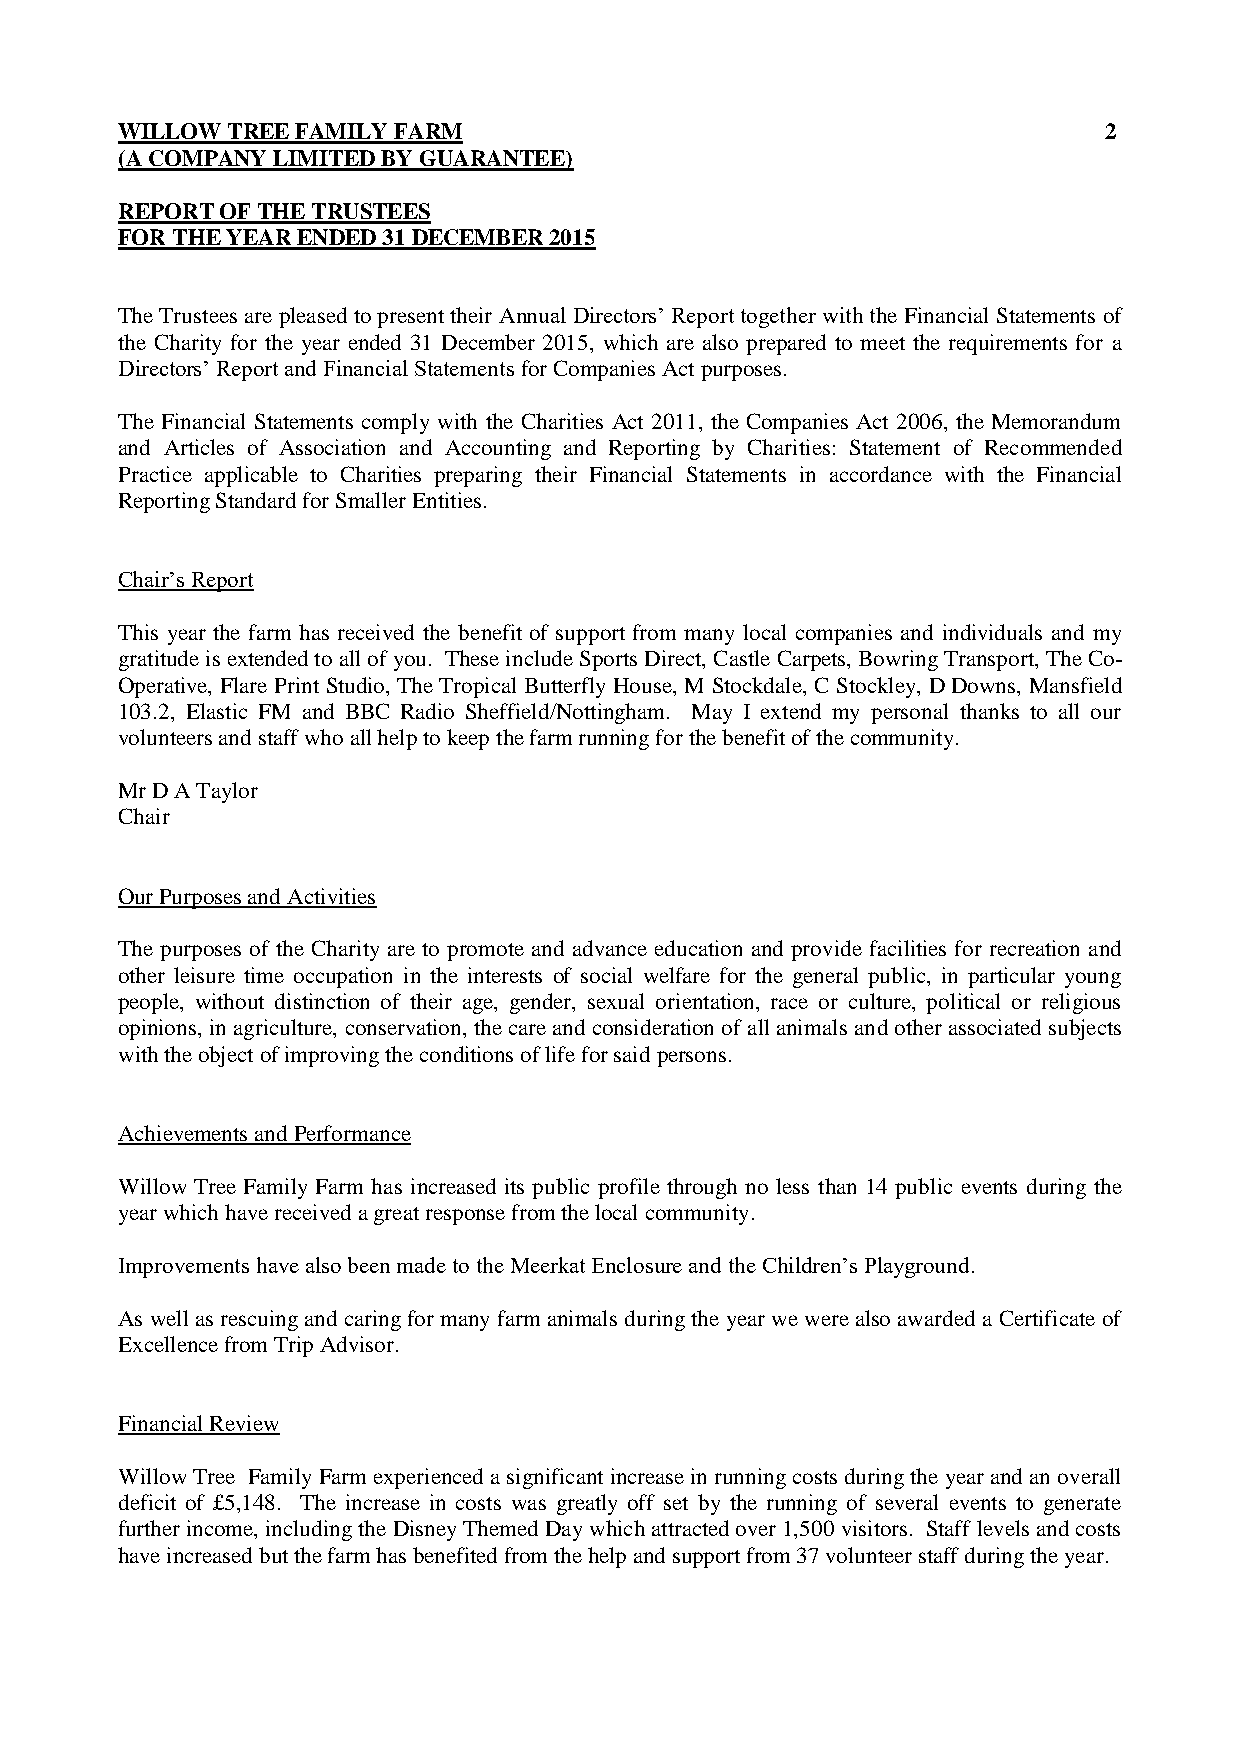
WILLOW TREE FAMILY FARM                                          2
 (A COMPANY LIMITED BY GUARANTEE)
 REPORT OF THE TRUSTEES
 FOR THE YEAR ENDED 31 DECEMBER 2015
 The Trustees are pleased to present their Annual Directors’ Report together with the Financial Statements of
 the Charity for the year ended 31 December 2015, which are also prepared to meet the requirements for a
 Directors’ Report and Financial Statements for Companies Act purposes.
 The Financial Statements comply with the Charities Act 2011, the Companies Act 2006, the Memorandum
 and Articles of Association and Accounting and Reporting by Charities: Statement of Recommended
 Practice applicable to Charities preparing their Financial Statements in accordance with the Financial
 Reporting Standard for Smaller Entities.
 Chair’s Report
 This year the farm has received the benefit of support from many local companies and individuals and my
 gratitude is extended to all of you. These include Sports Direct, Castle Carpets, Bowring Transport, The Co-
 Operative, Flare Print Studio, The Tropical Butterfly House, M Stockdale, C Stockley, D Downs, Mansfield
 103.2, Elastic FM and BBC Radio Sheffield/Nottingham. May I extend my personal thanks to all our
 volunteers and staff who all help to keep the farm running for the benefit of the community.
 Mr D A Taylor
 Chair
 Our Purposes and Activities
 The purposes of the Charity are to promote and advance education and provide facilities for recreation and
 other leisure time occupation in the interests of social welfare for the general public, in particular young
 people, without distinction of their age, gender, sexual orientation, race or culture, political or religious
 opinions, in agriculture, conservation, the care and consideration of all animals and other associated subjects
 with the object of improving the conditions of life for said persons.
 Achievements and Performance
 Willow Tree Family Farm has increased its public profile through no less than 14 public events during the
 year which have received a great response from the local community.
 Improvements have also been made to the Meerkat Enclosure and the Children’s Playground.
 As well as rescuing and caring for many farm animals during the year we were also awarded a Certificate of
 Excellence from Trip Advisor.
 Financial Review
 Willow Tree Family Farm experienced a significant increase in running costs during the year and an overall
 deficit of £5,148. The increase in costs was greatly off set by the running of several events to generate
 further income, including the Disney Themed Day which attracted over 1,500 visitors. Staff levels and costs
 have increased but the farm has benefited from the help and support from 37 volunteer staff during the year.